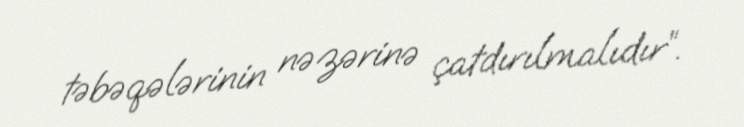
təbəqələrinin nəzərinə çatdırılmalıdır”.